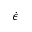
\dot { \epsilon }